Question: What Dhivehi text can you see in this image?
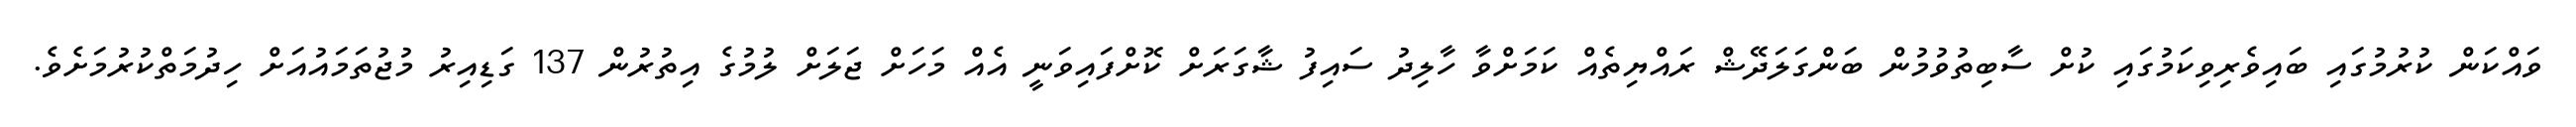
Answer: ވައްކަން ކުރުމުގައި ބައިވެރިވިކަމުގައި ކުށް ސާބިތުވުމުން ބަންގަލަދޭޝް ރައްޔިތެއް ކަމަށްވާ ހާލިދު ސައިފު ޝާގަރަށް ކޮށްފައިވަނީ އެއް މަހަށް ޖަލަށް ލުމުގެ އިތުރުން 137 ގަޑިއިރު މުޖުތަމައުއަށް ހިދުމަތްކުރުމަށެވެ.